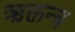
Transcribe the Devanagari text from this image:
ऋक्तन्त्र